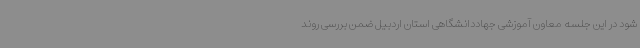
شود در این جلسه معاون آموزشی جهاددانشگاهی استان اردبیل ضمن بررسی روند